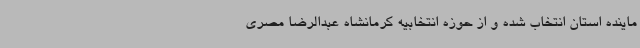
ماینده استان انتخاب شده و از حوزه انتخابیه کرمانشاه عبدالرضا مصری